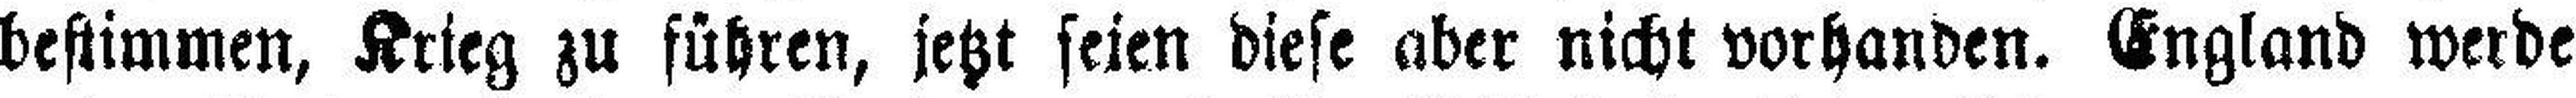
bestimmen, Krieg zu führen, jetzt seien diese aber nicht vorhanden. England werde